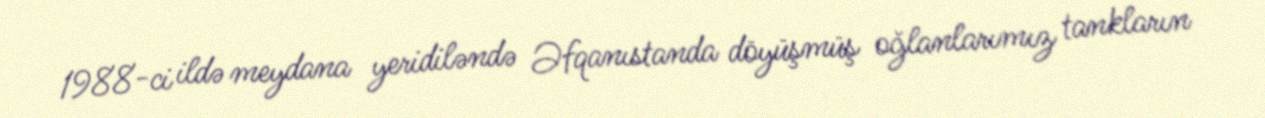
1988-ci ildə meydana yeridiləndə Əfqanıstanda döyüşmüş oğlanlarımız tankların